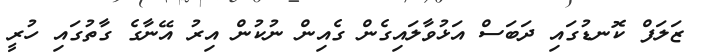
ޒަލަފް ކޮނޑުގައި ދަބަސް އަޅުވާލައިގެން ގެއިން ނުކުން އިރު އޭނާގެ ގާތުގައި ހުރީ